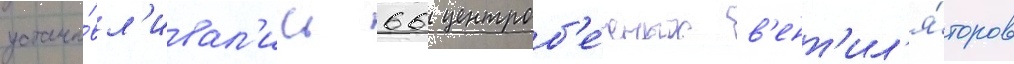
устана́вл'ивал'ись 66 центроб'е́жных в'ент'ил'я́торов